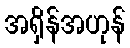
အရှိန်အဟုန်